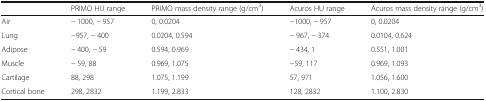
|  | PRIMO HU range | PRIMO mass density range (g/cm3) | Acuros HU range | Acuros mass density range (g/cm3) |
 | --- | --- | --- | --- | --- |
 | Air | − 1000, − 957 | 0, 0.0204 | −1000, − 957 | 0, 0.0204 |
 | Lung | −957, − 400 | 0.0204, 0.594 | − 967, − 374 | 0.0104, 0.624 |
 | Adipose | − 400, − 59 | 0.594, 0.969 | − 434, 1 | 0.551, 1.001 |
 | Muscle | − 59, 88 | 0.969, 1.075 | −59, 117 | 0.969, 1.093 |
 | Cartilage | 88, 298 | 1.075, 1.199 | 57, 971 | 1.056, 1.600 |
 | Cortical bone | 298, 2832 | 1.199, 2.833 | 128, 2832 | 1.100, 2.830 |